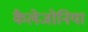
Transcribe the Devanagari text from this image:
कैलेजोनिया